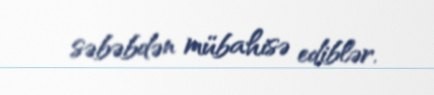
səbəbdən mübahisə ediblər.